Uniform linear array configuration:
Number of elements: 4
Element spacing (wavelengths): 0.75
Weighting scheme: binomial
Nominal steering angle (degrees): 15
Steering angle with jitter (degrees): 13.154
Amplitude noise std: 0.05
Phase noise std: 0.05

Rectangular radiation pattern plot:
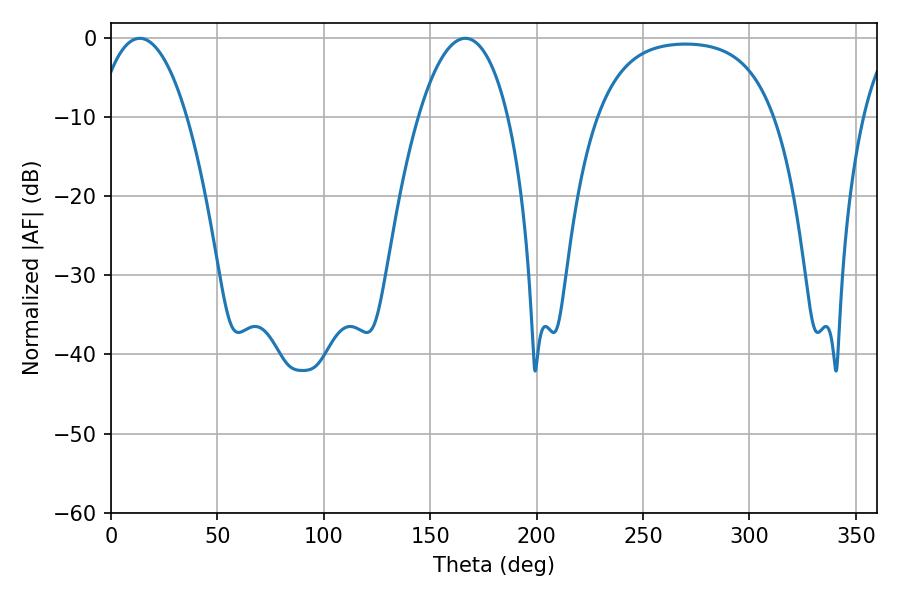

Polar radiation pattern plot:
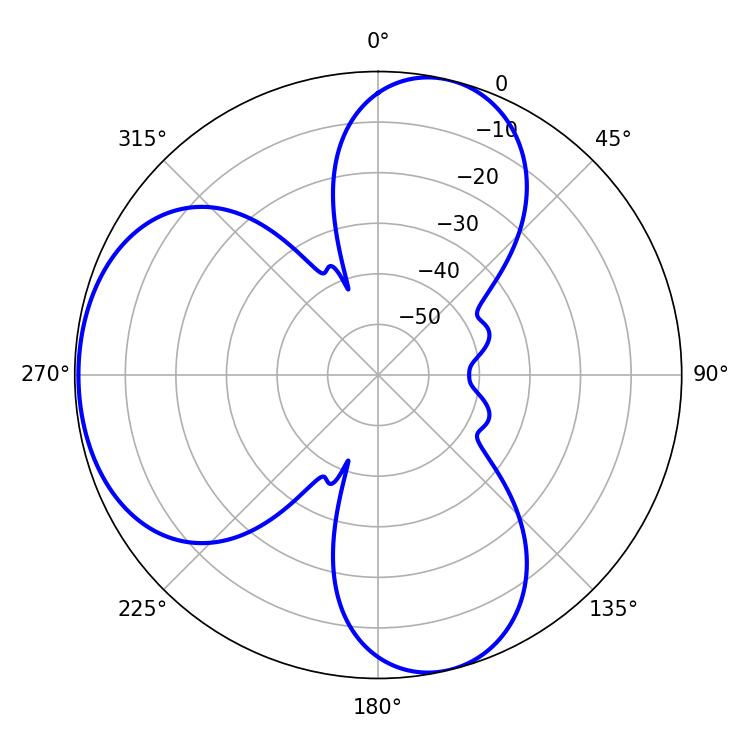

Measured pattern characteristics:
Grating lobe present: TRUE
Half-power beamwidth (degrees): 23.58
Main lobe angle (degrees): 13.5